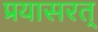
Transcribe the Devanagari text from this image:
प्रयासरत्